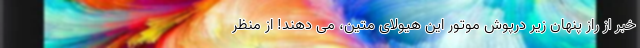
خبر از راز پنهان زیر درپوش موتور این هیولای متین، می دهند! از منظر